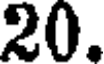
20.